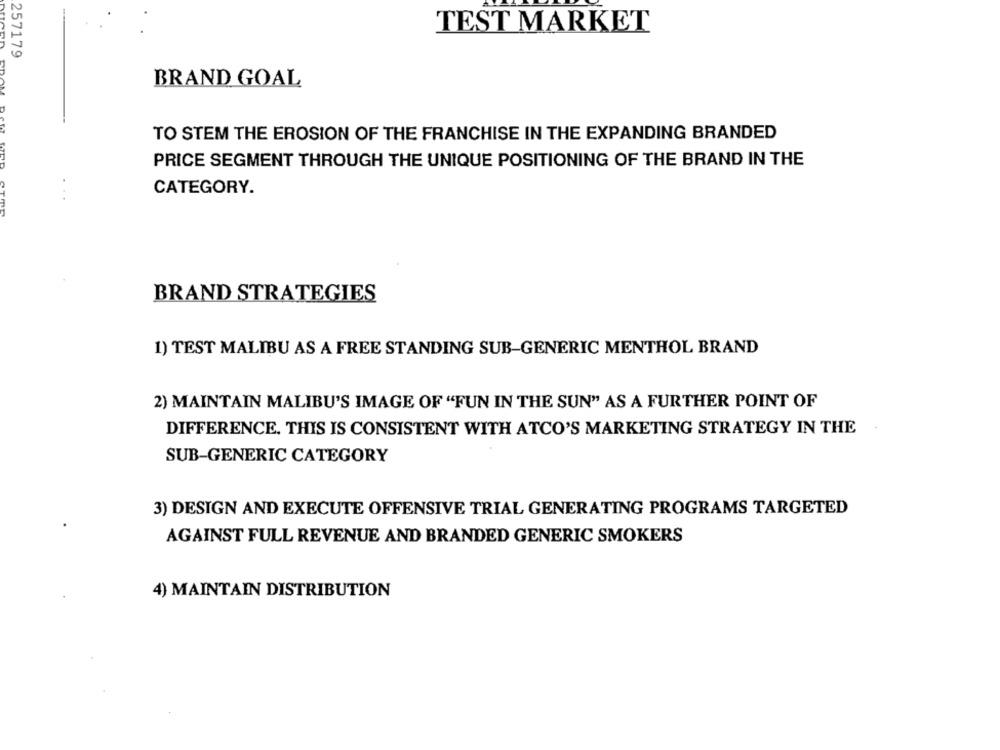
TEST MARKET
257179
BRAND GOAL
EDAM
TO STEM THE EROSION OF THE FRANCHISE IN THE EXPANDING BRANDED
PRICE SEGMENT THROUGH THE UNIQUE POSITIONING OF THE BRAND IN THE
CATEGORY.
BRAND STRATEGIES
1) TEST MALIBU AS A FREE STANDING SUB-GENERIC MENTHOL BRAND
2) MAINTAIN MALIBU'S IMAGE OF "FUN IN THE SUN" AS A FURTHER POINT OF
DIFFERENCE. THIS IS CONSISTENT WITH ATCO'S MARKETING STRATEGY IN THE
SUB-GENERIC CATEGORY
3) DESIGN AND EXECUTE OFFENSIVE TRIAL GENERATING PROGRAMS TARGETED
AGAINST FULL REVENUE AND BRANDED GENERIC SMOKERS
4) MAINTAIN DISTRIBUTION